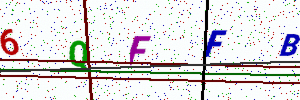
Text: 6QFFB